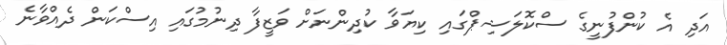
އަދި އެ ކުންފުނީގެ ސްކޮލަޝިޕްގައި ކިޔަވާ ކުދިންނަށް ވަޒީފާ ދިނުމުގައި އިސްކަން ދެއްވާނެ